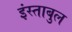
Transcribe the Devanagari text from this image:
इंस्ताबुल